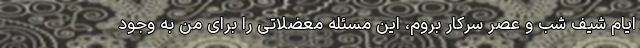
ایام شیف شب و عصر سرکار بروم، این مسئله معضلاتی را برای من به وجود